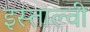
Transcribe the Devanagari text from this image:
इस्ताल्वी